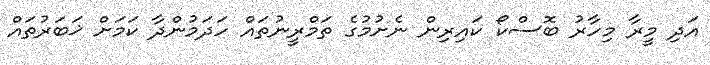
އަދި މީރާ މިހާރު ބޮސްކޯ ކައިރިން ނެށުމުގެ ތަމްރީނުތައް ހަދަމުންދާ ކަމަށް ޚަބަރުތައް